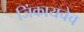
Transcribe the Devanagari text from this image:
जिंकायचेच